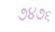
૭૪૭૬